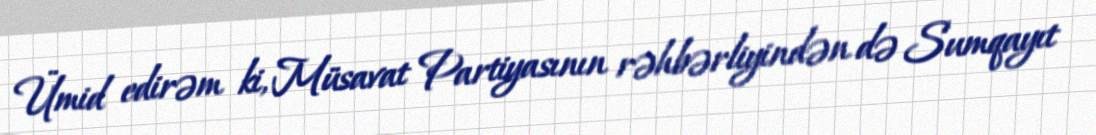
Ümid edirəm ki, Müsavat Partiyasının rəhbərliyindən də Sumqayıt